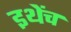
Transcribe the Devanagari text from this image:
इथेंच